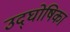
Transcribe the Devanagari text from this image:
उद्‌घोषिका